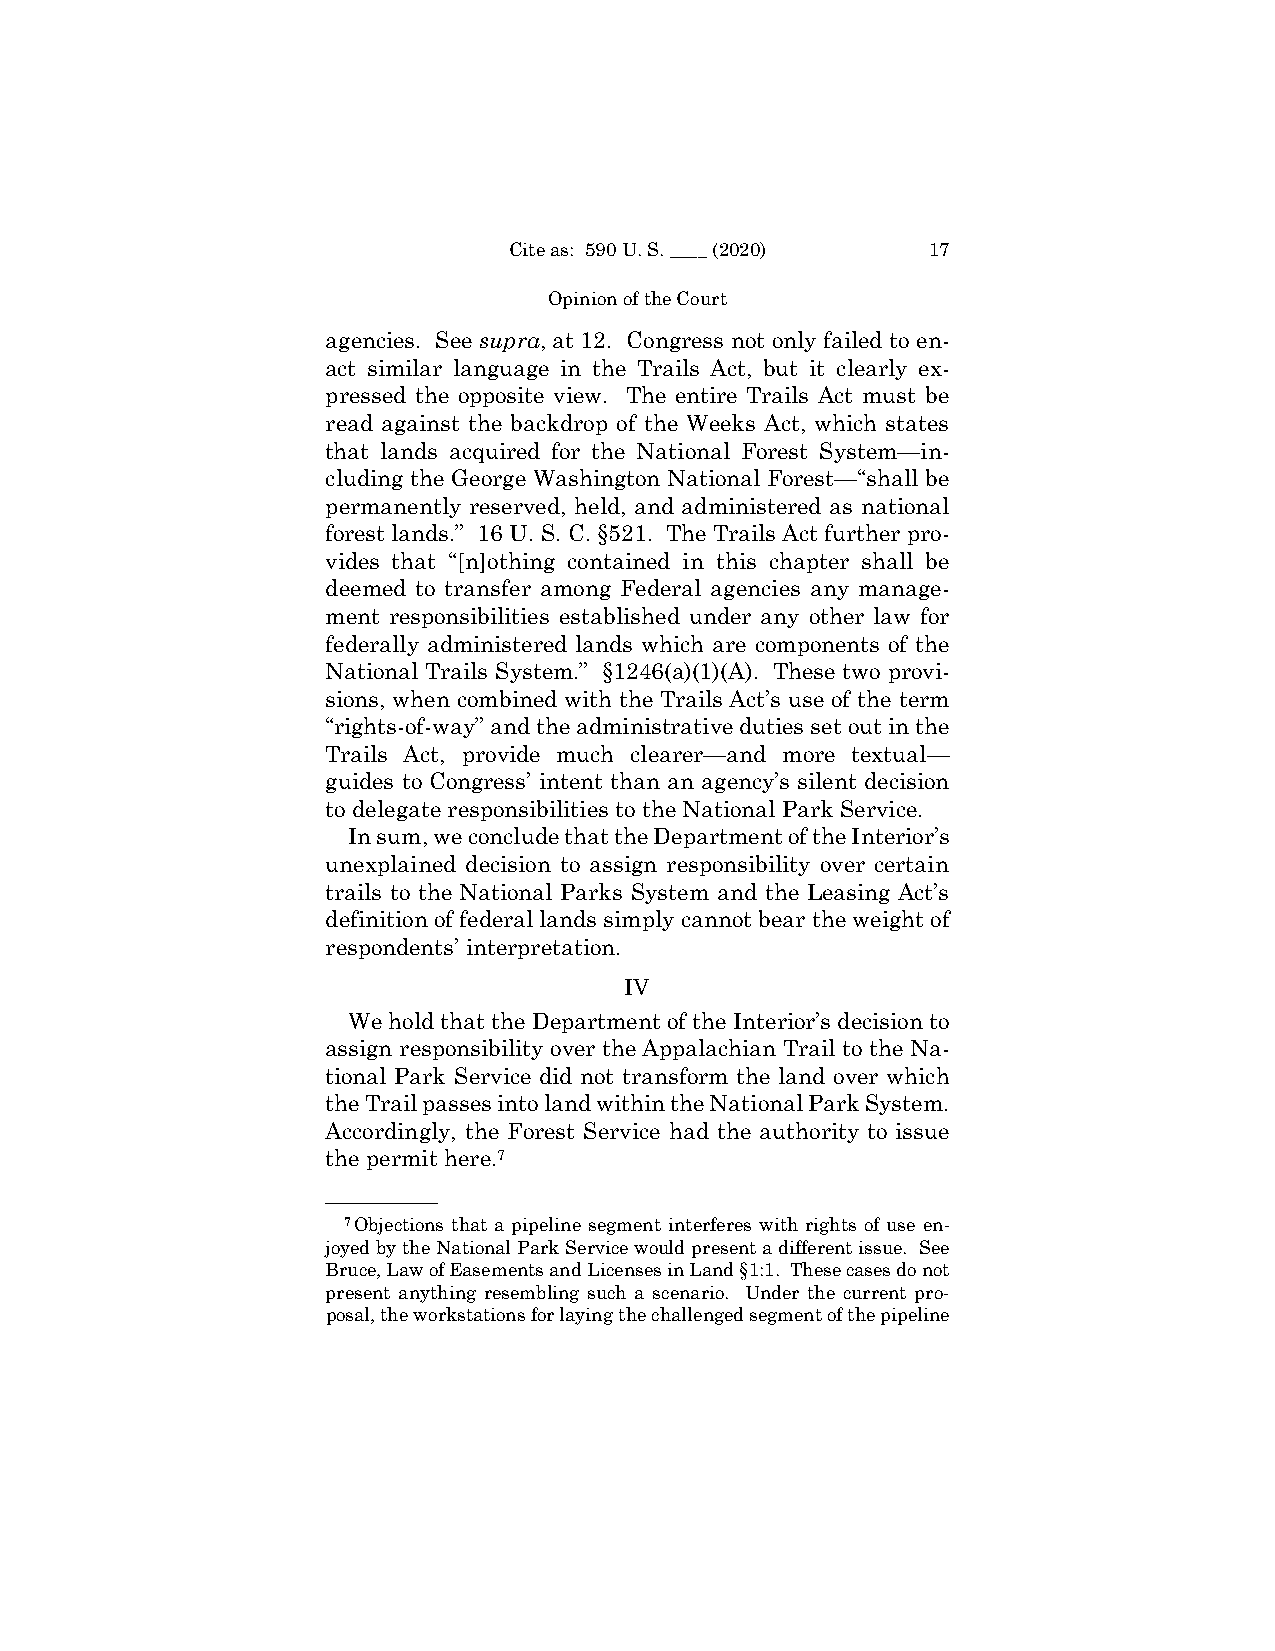
Cite as: 590 U. S. ____ (2020) 17
 Opinion of the Court
 agencies. See supra, at 12. Congress not only failed to en-
 act similar language in the Trails Act, but it clearly ex-
 pressed the opposite view. The entire Trails Act must be
 read against the backdrop of the Weeks Act, which states
 that lands acquired for the National Forest System—in-
 cluding the George Washington National Forest—“shall be
 permanently reserved, held, and administered as national
 forest lands.” 16 U. S. C. §521. The Trails Act further pro-
 vides that “[n]othing contained in this chapter shall be
 deemed to transfer among Federal agencies any manage-
 ment responsibilities established under any other law for
 federally administered lands which are components of the
 National Trails System.” §1246(a)(1)(A). These two provi-
 sions, when combined with the Trails Act’s use of the term
 “rights-of-way” and the administrative duties set out in the
 Trails Act, provide much clearer—and more textual—
 guides to Congress’ intent than an agency’s silent decision
 to delegate responsibilities to the National Park Service.
 In sum, we conclude that the Department of the Interior’s
 unexplained decision to assign responsibility over certain
 trails to the National Parks System and the Leasing Act’s
 definition of federal lands simply cannot bear the weight of
 respondents’ interpretation.
 IV
 We hold that the Department of the Interior’s decision to
 assign responsibility over the Appalachian Trail to the Na-
 tional Park Service did not transform the land over which
 the Trail passes into land within the National Park System.
 Accordingly, the Forest Service had the authority to issue
 the permit here.7
 ——————
 7Objections that a pipeline segment interferes with rights of use en-
 joyed by the National Park Service would present a different issue. See
 Bruce, Law of Easements and Licenses in Land §1:1. These cases do not
 present anything resembling such a scenario. Under the current pro-
 posal, the workstations for laying the challenged segment of the pipeline